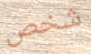
شخص